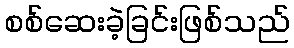
စစ်ဆေးခဲ့ခြင်းဖြစ်သည်